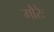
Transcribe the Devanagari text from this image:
गौरेः